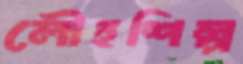
লৌহশিল্প